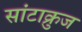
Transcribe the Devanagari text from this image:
सांटाक्रुज